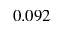
0 . 0 9 2